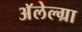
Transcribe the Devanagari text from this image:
अॅलेल्ग्रा